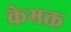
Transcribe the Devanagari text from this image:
केभक्त